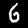
Digit: 6